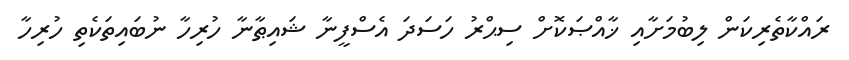
ރައްކާތެރިކަން ލިބުމަށާއި ޚާއްޞަކޮށް ސިޙްރު ހަސަދަ އެސްފީނާ ޝައިޠާނާ ހުރިހާ ނުބައިތަކެތި ހުރިހާ